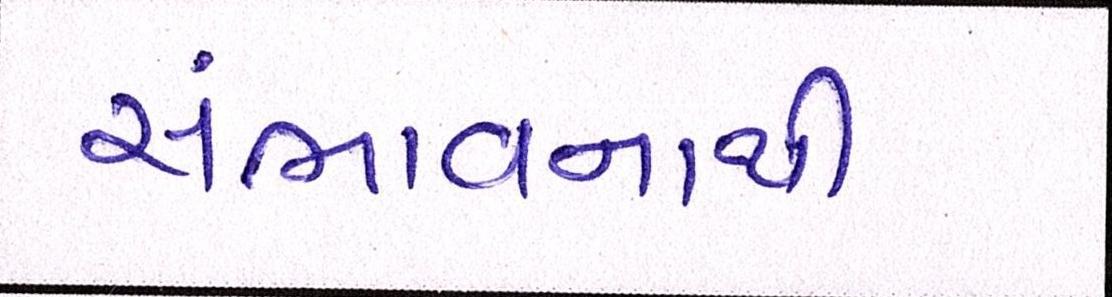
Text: સંભાવનાથી